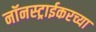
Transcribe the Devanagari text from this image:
नॉनस्ट्राईकरच्या